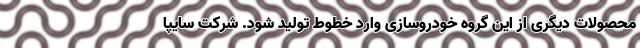
محصولات دیگری از این گروه خودروسازی وارد خطوط تولید شود. شرکت سایپا